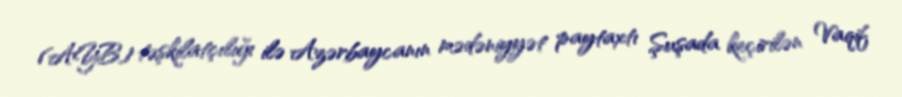
(AYB) təşkilatçılığı ilə Azərbaycanın mədəniyyət paytaxtı Şuşada keçirilən Vaqif